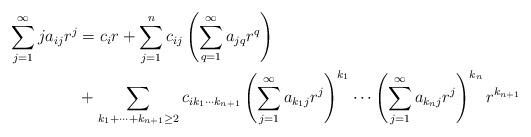
LaTeX: \begin{align*}\sum_{j = 1}^{\infty} j a_{ij} r^j &= c_i r + \sum_{j= 1}^n c_{ij}\left( \sum_{q = 1}^{\infty} a_{jq} r^q \right) \\ & + \sum_{k_1 + \cdots + k_{n+1} \geq 2} c_{i k_1 \cdots k_{n+1}} \left(\sum_{j = 1}^{\infty} a_{k_1 j} r^j\right)^{k_1} \cdots \left(\sum_{j = 1}^{\infty} a_{k_n j} r^j\right)^{k_n} r^{k_{n+1}}\end{align*}